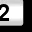
Digit: 2